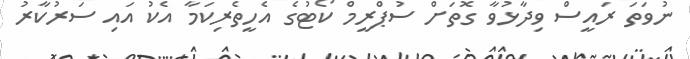
ނުވަތަ ރައީސް ވިދާޅުވާ ގޮތަށް ސުޕްރީމް ކޯޓުގެ އެހީތެރިކަމާ އެކު އައި ސަރުކާރު